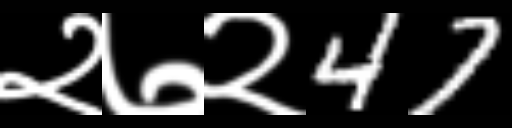
Text: २७२47